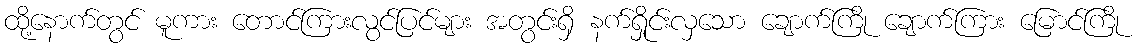
ထို့နောက်တွင် မူကား တောင်ကြားလွင်ပြင်များ အတွင်းရှိ နက်ရှိုင်းလှသော ချောက်ကြို ချောက်ကြား မြောင်ကြို